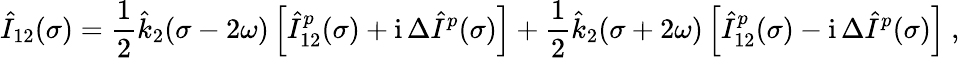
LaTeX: \hat{I}_{12}(\sigma)=\frac 12\hat{k}_{2}(\sigma-2\omega)\left[\hat{I}_{12}^{p}(\sigma)+\mathrm{i}\, \Delta\hat{I}^{p}(\sigma)\right]+\frac 12\hat{k}_{2}(\sigma+2\omega)\left[\hat{I}_{12}^{p}(\sigma)-\mathrm{i}\, \Delta\hat{I}^{p}(\sigma)\right]\ ,